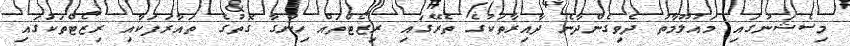
މިސެޝަނުގައި މައުލޫމާތު ދެވިގެންދާނެ ދާއިރާތަކުގެ ތެރޭގައި ރިޒޯޓްތައް ހިންގާ ގޮތުގެ ތައާރަފަކާއި ރިޒޯޓްތަކުގައި